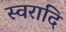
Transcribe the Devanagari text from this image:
स्वरादि